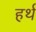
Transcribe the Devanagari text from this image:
हर्थ